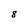
Character: 8